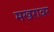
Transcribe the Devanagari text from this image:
मखरावर